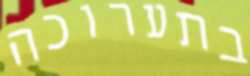
בתערוכה